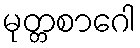
မုတ္တစာဂေါ